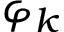
\varphi _ { k }